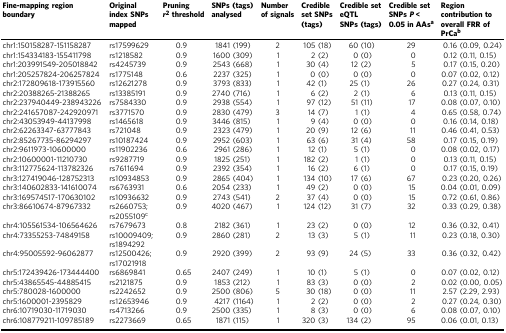
<table><thead><tr><td><b>Fine-mapping region boundary</b></td><td><b>Original index SNPs mapped</b></td><td><b>Pruning <i>r</i><sup>2</sup> threshold</b></td><td><b>SNPs (tags) analysed</b></td><td><b>Number of signals</b></td><td><b>Credible set SNPs (tags)</b></td><td><b>Credible set eQTL SNPs (tags)</b></td><td><b>Credible set SNPs <i>P</i> &lt; 0.05 in AAs<sup>a</sup></b></td><td><b>Region contribution to overall FRR of PrCa<sup>b</sup></b></td></tr></thead><tbody><tr><td>chr1:150158287-151158287</td><td>rs17599629</td><td>0.9</td><td>1841 (199)</td><td>2</td><td>105 (18)</td><td>60 (10)</td><td>29</td><td>0.16 (0.09, 0.24)</td></tr><tr><td>chr1:154334183-155411798</td><td>rs1218582</td><td>0.9</td><td>1600 (309)</td><td>1</td><td>2 (2)</td><td>0 (0)</td><td>0</td><td>0.12 (0.11, 0.15)</td></tr><tr><td>chr1:203991549-205018842</td><td>rs4245739</td><td>0.9</td><td>2543 (668)</td><td>1</td><td>30 (4)</td><td>12 (2)</td><td>5</td><td>0.17 (0.15, 0.20)</td></tr><tr><td>chr1:205257824-206257824</td><td>rs1775148</td><td>0.6</td><td>2237 (325)</td><td>1</td><td>0 (0)</td><td>0 (0)</td><td>0</td><td>0.07 (0.02, 0.12)</td></tr><tr><td>chr2:172809618-173915560</td><td>rs12621278</td><td>0.9</td><td>3793 (833)</td><td>1</td><td>42 (1)</td><td>25 (1)</td><td>26</td><td>0.27 (0.24, 0.31)</td></tr><tr><td>chr2:20388265-21388265</td><td>rs13385191</td><td>0.9</td><td>2740 (716)</td><td>1</td><td>6 (2)</td><td>2 (1)</td><td>6</td><td>0.13 (0.11, 0.15)</td></tr><tr><td>chr2:237940449-238943226</td><td>rs7584330</td><td>0.9</td><td>2938 (554)</td><td>1</td><td>97 (12)</td><td>51 (11)</td><td>17</td><td>0.08 (0.07, 0.10)</td></tr><tr><td>chr2:241657087-242920971</td><td>rs3771570</td><td>0.9</td><td>2830 (479)</td><td>3</td><td>14 (7)</td><td>1 (1)</td><td>4</td><td>0.65 (0.58, 0.74)</td></tr><tr><td>chr2:43053949-44137998</td><td>rs1465618</td><td>0.9</td><td>3446 (815)</td><td>1</td><td>9 (4)</td><td>0 (0)</td><td>0</td><td>0.16 (0.14, 0.18)</td></tr><tr><td>chr2:62263347-63777843</td><td>rs721048</td><td>0.9</td><td>2323 (479)</td><td>1</td><td>20 (9)</td><td>12 (6)</td><td>11</td><td>0.46 (0.41, 0.53)</td></tr><tr><td>chr2:85267735-86294297</td><td>rs10187424</td><td>0.9</td><td>2952 (603)</td><td>1</td><td>63 (6)</td><td>31 (4)</td><td>58</td><td>0.17 (0.15, 0.19)</td></tr><tr><td>chr2:9611973-10600000</td><td>rs11902236</td><td>0.6</td><td>2961 (286)</td><td>1</td><td>12 (1)</td><td>5 (1)</td><td>0</td><td>0.08 (0.02, 0.17)</td></tr><tr><td>chr2:10600001-11210730</td><td>rs9287719</td><td>0.9</td><td>1825 (251)</td><td>1</td><td>182 (2)</td><td>1 (1)</td><td>0</td><td>0.13 (0.11, 0.15)</td></tr><tr><td>chr3:112775624-113782326</td><td>rs7611694</td><td>0.9</td><td>2392 (354)</td><td>1</td><td>16 (2)</td><td>6 (1)</td><td>0</td><td>0.17 (0.15, 0.19)</td></tr><tr><td>chr3:127419046-128752313</td><td>rs10934853</td><td>0.9</td><td>2865 (404)</td><td>1</td><td>134 (10)</td><td>17 (6)</td><td>67</td><td>0.23 (0.20, 0.26)</td></tr><tr><td>chr3:140602833-141610074</td><td>rs6763931</td><td>0.6</td><td>2054 (233)</td><td>1</td><td>49 (2)</td><td>0 (0)</td><td>15</td><td>0.04 (0.01, 0.09)</td></tr><tr><td>chr3:169574517-170630102</td><td>rs10936632</td><td>0.9</td><td>2743 (541)</td><td>2</td><td>37 (4)</td><td>0 (0)</td><td>15</td><td>0.72 (0.61, 0.86)</td></tr><tr><td>chr3:86610674-87967332</td><td>rs2660753; rs2055109<sup>c</sup></td><td>0.9</td><td>4020 (467)</td><td>1</td><td>124 (12)</td><td>31 (7)</td><td>32</td><td>0.33 (0.29, 0.38)</td></tr><tr><td>chr4:105561534-106564626</td><td>rs7679673</td><td>0.8</td><td>2182 (361)</td><td>1</td><td>23 (2)</td><td>0 (0)</td><td>12</td><td>0.36 (0.32, 0.41)</td></tr><tr><td>chr4:73355253-74849158</td><td>rs10009409; rs1894292</td><td>0.9</td><td>2860 (281)</td><td>2</td><td>13 (3)</td><td>5 (1)</td><td>11</td><td>0.23 (0.18, 0.30)</td></tr><tr><td>chr4:95005592-96062877</td><td>rs12500426; rs17021918</td><td>0.9</td><td>2920 (399)</td><td>2</td><td>93 (9)</td><td>24 (5)</td><td>33</td><td>0.36 (0.32, 0.42)</td></tr><tr><td>chr5:172439426-173444400</td><td>rs6869841</td><td>0.65</td><td>2407 (249)</td><td>1</td><td>10 (1)</td><td>5 (1)</td><td>0</td><td>0.07 (0.02, 0.12)</td></tr><tr><td>chr5:43865545-44885415</td><td>rs2121875</td><td>0.9</td><td>1853 (212)</td><td>1</td><td>83 (3)</td><td>0 (0)</td><td>2</td><td>0.02 (0.00, 0.05)</td></tr><tr><td>chr5:780028-1600000</td><td>rs2242652</td><td>0.9</td><td>2500 (806)</td><td>5</td><td>30 (18)</td><td>0 (0)</td><td>11</td><td>2.57 (2.29, 2.93)</td></tr><tr><td>chr5:1600001-2395829</td><td>rs12653946</td><td>0.9</td><td>4217 (1164)</td><td>1</td><td>2 (2)</td><td>0 (0)</td><td>2</td><td>0.27 (0.24, 0.30)</td></tr><tr><td>chr6:10719030-11719030</td><td>rs4713266</td><td>0.9</td><td>2500 (335)</td><td>1</td><td>8 (3)</td><td>0 (0)</td><td>6</td><td>0.08 (0.07, 0.10)</td></tr><tr><td>chr6:108779211-109785189</td><td>rs2273669</td><td>0.65</td><td>1871 (115)</td><td>1</td><td>320 (3)</td><td>134 (2)</td><td>95</td><td>0.06 (0.01, 0.13)</td></tr></tbody></table>